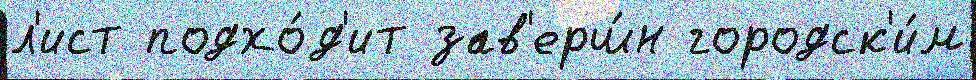
л'ист подхо́д'ит зав'ерш́н городск'и́м